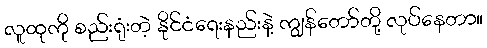
လူထုကို စည်းရုံးတဲ့ နိုင်ငံရေးနည်းနဲ့ ကျွန်တော်တို့ လုပ်နေတာ။